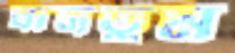
বাসতুম